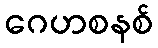
ဂေဟစနစ်